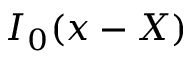
I _ { 0 } ( x - X )